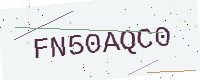
Text: FN50AQC0